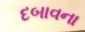
દબાવના